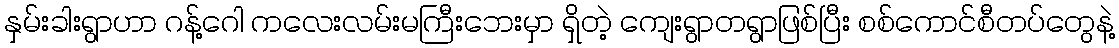
နှမ်းခါးရွာဟာ ဂန့်ဂေါ ကလေးလမ်းမကြီးဘေးမှာ ရှိတဲ့ ကျေးရွာတရွာဖြစ်ပြီး စစ်ကောင်စီတပ်တွေနဲ့